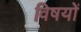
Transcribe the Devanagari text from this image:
विषयाें